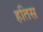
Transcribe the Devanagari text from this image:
हतिस